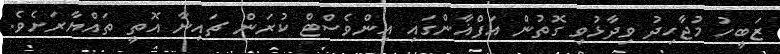
ޒަބީހު މުޖާހިދު ވިދާޅުވި ގޮތުން އަފްޣާންގައި އިންވެސްޓް ކުރަން ޗައިނާ އޮތީ ތައްޔާރަށެވެ.